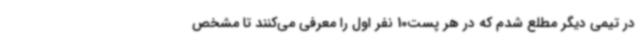
در تیمی دیگر مطلع شدم که در هر پست10 نفر اول را معرفی می‌کنند تا مشخص